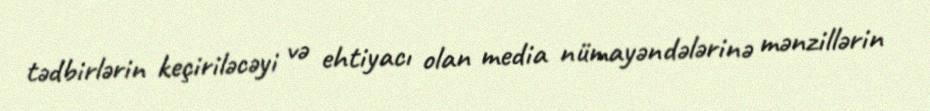
tədbirlərin keçiriləcəyi və ehtiyacı olan media nümayəndələrinə mənzillərin